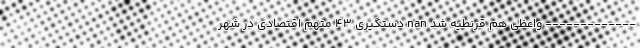
------------- واعظی هم قرنطیه شد nan دستگیری 43 متهم اقتصادی در شهر